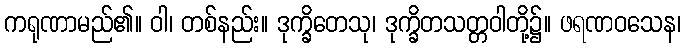
ကရုဏာမည်၏။ ဝါ၊ တစ်နည်း။ ဒုက္ခိတေသု၊ ဒုက္ခိတသတ္တဝါတို့၌။ ဖရဏဝသေန၊